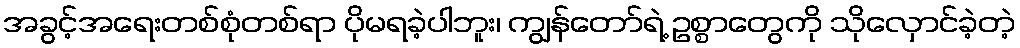
အခွင့်အရေးတစ်စုံတစ်ရာ ပိုမရခဲ့ပါဘူး၊ ကျွန်တော်ရဲ့ ဥစ္စာတွေကို သိုလှောင်ခဲ့တဲ့